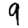
Digit: 9